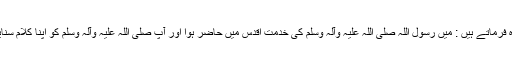
وہ فرماتے ہیں : میں رسول اللہ صلی اللہ علیہ وآلہ وسلم کی خدمتِ اقدس میں حاضر ہوا اور آپ صلی اللہ علیہ وآلہ وسلم کو اپنا کلام سنایا۔